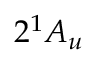
2 ^ { 1 } A _ { u }